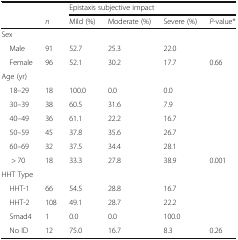
<table><thead><tr><td rowspan="2"></td><td></td><td colspan="4"><b>Epistaxis subjective impact</b></td></tr><tr><td><b><i>n</i></b></td><td><b>Mild (%)</b></td><td><b>Moderate (%)</b></td><td><b>Severe (%)</b></td><td><b><i>P</i>-value*</b></td></tr></thead><tbody><tr><td colspan="6">Sex</td></tr><tr><td> Male</td><td>91</td><td>52.7</td><td>25.3</td><td>22.0</td><td></td></tr><tr><td> Female</td><td>96</td><td>52.1</td><td>30.2</td><td>17.7</td><td>0.66</td></tr><tr><td colspan="6">Age (yr)</td></tr><tr><td> 18–29</td><td>18</td><td>100.0</td><td>0.0</td><td>0.0</td><td></td></tr><tr><td> 30–39</td><td>38</td><td>60.5</td><td>31.6</td><td>7.9</td><td></td></tr><tr><td> 40–49</td><td>36</td><td>61.1</td><td>22.2</td><td>16.7</td><td></td></tr><tr><td> 50–59</td><td>45</td><td>37.8</td><td>35.6</td><td>26.7</td><td></td></tr><tr><td> 60–69</td><td>32</td><td>37.5</td><td>34.4</td><td>28.1</td><td></td></tr><tr><td>&gt; 70</td><td>18</td><td>33.3</td><td>27.8</td><td>38.9</td><td>0.001</td></tr><tr><td colspan="6">HHT Type</td></tr><tr><td> HHT-1</td><td>66</td><td>54.5</td><td>28.8</td><td>16.7</td><td></td></tr><tr><td> HHT-2</td><td>108</td><td>49.1</td><td>28.7</td><td>22.2</td><td></td></tr><tr><td> Smad4</td><td>1</td><td>0.0</td><td>0.0</td><td>100.0</td><td></td></tr><tr><td> No ID</td><td>12</td><td>75.0</td><td>16.7</td><td>8.3</td><td>0.26</td></tr></tbody></table>